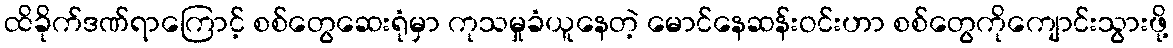
ထိခိုက်ဒဏ်ရာကြောင့် စစ်တွေဆေးရုံမှာ ကုသမှုခံယူနေတဲ့ မောင်နေဆန်းဝင်းဟာ စစ်တွေကိုကျောင်းသွားဖို့